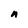
Character: n